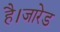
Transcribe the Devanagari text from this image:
है।जारेड